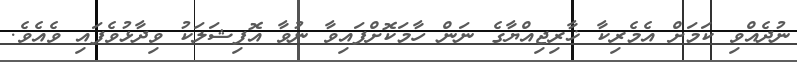
ނުދެއްވި ކަމަށް އެމެރިކާ ޚާރިޖިއްޔާގެ ނަން ހާމަކޮށްފައިވާ ނުވާ އޮފިޝަލަކު ވިދާޅުވެފައި ވެއެވެ.